Scientific memoirs by medical officers of the Army of India - Part III,
Year: 1887
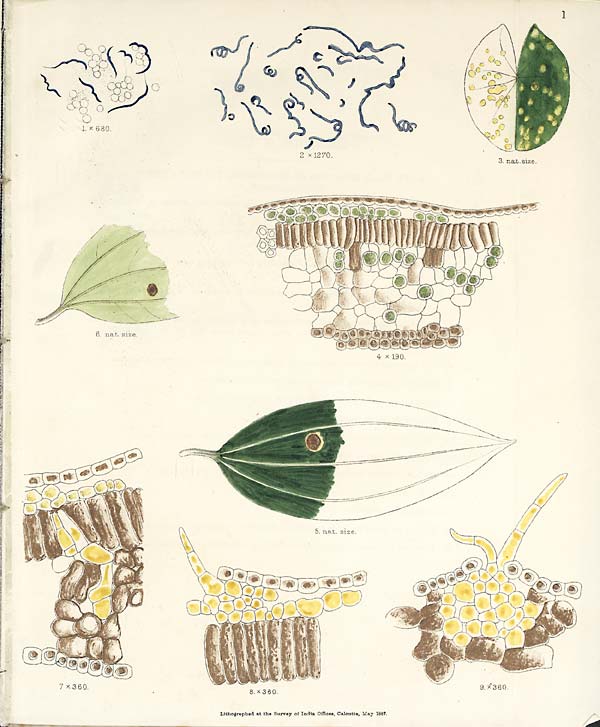
1
Lithographed at the Survey of India Offices, Calcutta, May 1887.